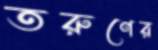
তরুণের